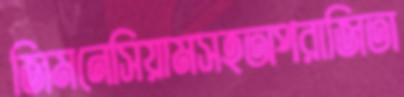
জিমনেসিয়ামসহঅপরাজিতা